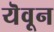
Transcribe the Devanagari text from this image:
यॆवून